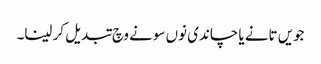
جویں تانے یا چاندی نوں سونے وچ تبدیل کر لینا۔